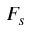
F _ { s }